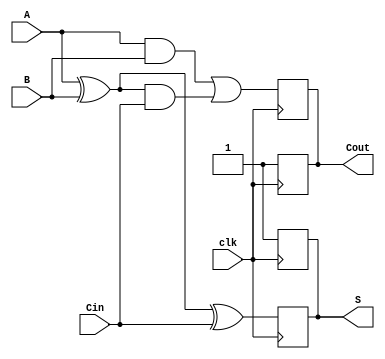
module DynamicFullAdder (
    input wire A,     // First binary input
    input wire B,     // Second binary input
    input wire Cin,   // Carry-in input
    input wire clk,   // Clock signal
    output reg S,     // Sum output
    output reg Cout   // Carry-out output
);

    // Internal wires for intermediate calculations
    wire A_xor_B;
    wire A_and_B;
    wire A_xor_B_and_Cin;

    // XOR implementation for A, B, and Cin
    assign A_xor_B = A ^ B;
    assign A_and_B = A & B;
    assign A_xor_B_and_Cin = A_xor_B & Cin;

    always @(posedge clk) begin
        // Precharge phase: Reset outputs to high
        S <= 1'b1;      
        Cout <= 1'b1;  
    end

    always @(negedge clk) begin
        // Evaluation phase: Calculate outputs based on inputs
        S <= A_xor_B ^ Cin;         // Sum calculation
        Cout <= A_and_B | A_xor_B_and_Cin; // Carry-out calculation
    end

endmodule